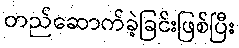
တည်ဆောက်ခဲ့ခြင်းဖြစ်ပြီး